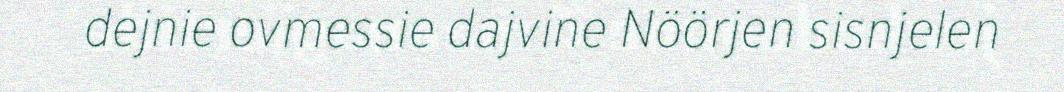
dejnie ovmessie dajvine Nöörjen sisnjelen